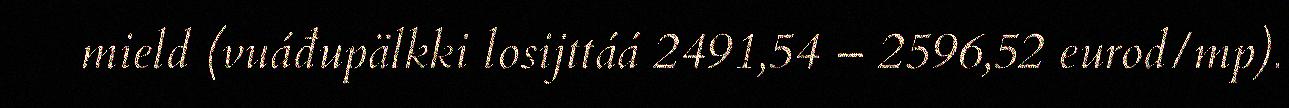
mield (vuáđupälkki losijttáá 2491,54 – 2596,52 eurod/mp).